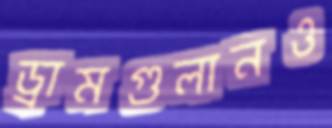
ড্রামগুলানও